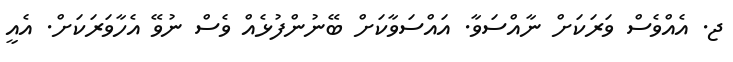
ޖ. އެއްވެސް ވަރަކަށް ނާއްސަވާ. އައްސަވާކަށް ބޭނުންފުޅެއް ވެސް ނުވޭ އެހާވަރަކަށް. އެއީ